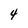
Character: 4